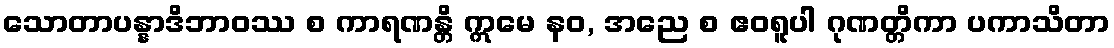
သောတာပန္နာဒိဘာဝဿ စ ကာရဏန္တိ ဣမေ နဝ, အညေ စ ဧဝရူပါ ဂုဏတ္တိကာ ပကာသိတာ